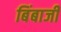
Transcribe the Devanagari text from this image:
बिंबाजी